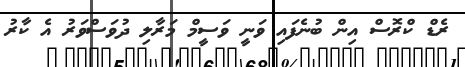
ރެޑް ކްރޮސް އިން ބުނެފައި ވަނީ ވަސީމް މަރާލި ދުވަސްވަރު އެ ކާރު